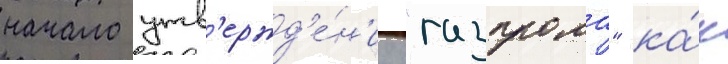
начало утв'ержд'е́н'иу "газпрома" ка́к